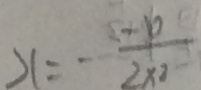
x = - \frac { 1 } { 2 \times 2 }